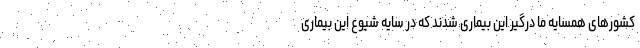
کشورهای همسایه ما درگیر این بیماری شدند که در سایه شیوع این بیماری